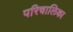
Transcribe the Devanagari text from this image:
परिचालिका